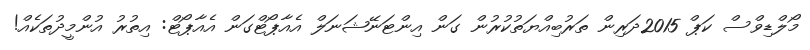
މޯލްޑިވްސް ކަޕް 2015ދަރިން ތަރުބިއްޔަތުކުރުން ގަން އިންޓަނޭޝަނަލް އެއާޕޯޓްގަން އެއާޕޯޓް: އިތުރު އުންމީދުތަކެއް!